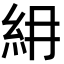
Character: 𥾢